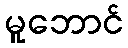
မူဘောင်